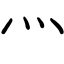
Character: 灬